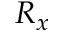
R _ { x }